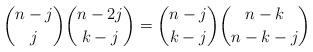
LaTeX: \begin{align*}\binom{n-j}{j}\binom{n-2j}{k-j}=\binom{n-j}{k-j}\binom{n-k}{n-k-j}\end{align*}